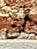
أن